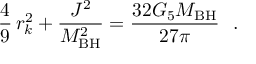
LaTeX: \frac { 4 } { 9 } \, r _ { k } ^ { 2 } + \frac { J ^ { 2 } } { M _ { \mathrm { B H } } ^ { 2 } } = \frac { 3 2 G _ { 5 } M _ { \mathrm { B H } } } { 2 7 \pi } \ \ .